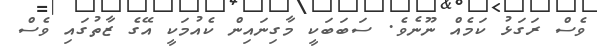
ވެސް ރަގަޅު ކަމެއް ނޫނެވެ. ސަބަބަކީ މާގިނައިން ކެއުމަކީ އޭގެ ޒާތުގައި ވެސް